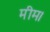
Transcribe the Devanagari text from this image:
मीम।